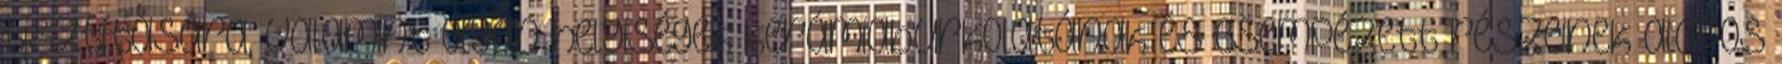
tisztítására, valamint olyan helyiségek kerámiaburkolatának és csempézett részeinek alapos